Annual report of the Civil Veterinary Department, Bengal, for the year 1897-98 - 1897-1898
Year: 1897
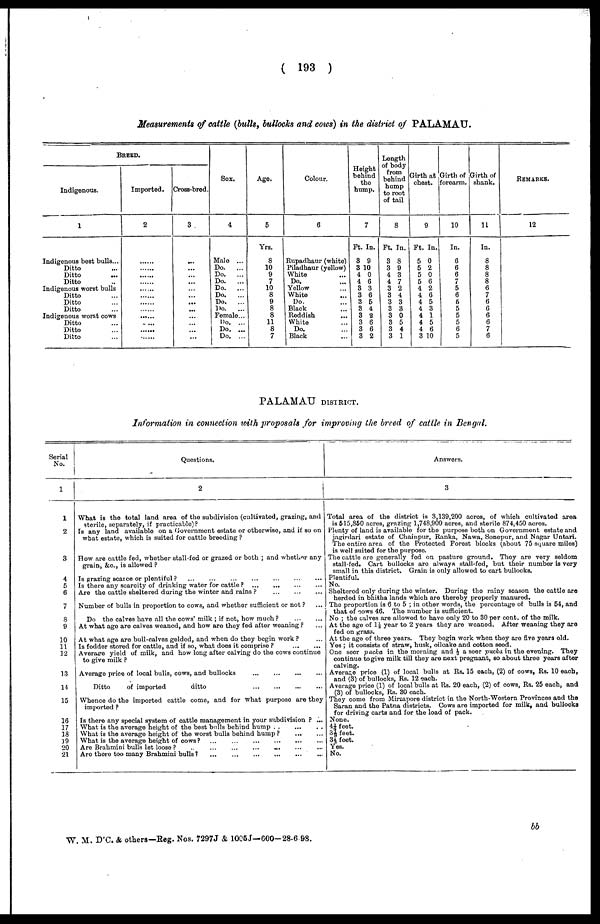
( 193 )
Measurements of cattle (bulls, bullocks and cows) in the district of PALAMAU.
BREED.
Indigenous.
1
Indigenous best bulls...
Ditto ...
Ditto
...
Ditto ..
Indigenous worst bulls
Ditto ...
Ditto ...
Ditto ...
Indigenous worst cows
Ditto ...
Ditto ...
Ditto ...
Imported.
2
......
......
......
......
......
......
......
......
......
. ...
......
......
Cross-bred.
3
...
...
...
...
...
...
...
...
...
...
...
...
Sex.
4
Male ...
Do.
...
Do.
...
Do.
...
Do.
...
Do.
...
Do.
...
Do.
...
Female...
Do. ...
Do. ...
Do. ...
Age.
5
Yrs.
8
10
9
7
10
8
9
8
8
11
8
7
Colour.
6
Rupadhaur (white)
Piladhaur (yellow)
White
Do.
Yellow
White
Do.
Black
Reddish
White
Do.
Black
Height
behind
the
hump.
7
Ft.
3
3
4
4
3
3
3
3
3
3
3
3
In.
9
10
0
6
3
6
5
4
2
6
6
2
Length
of body
from
behind
hump
to root
of tail.
8
Ft.
3
3
4
4
3
3
3
3
3
3
3
3
In.
8
9
3
7
2
4
3
3
0
5
4
1
Girth at
chest.
9
Ft.
5
5
5
5
4
4
4
4
4
4
4
3
In.
0
2
0
6
2
6
5
3
1
5
6
10
Girth of
forearm.
10
In.
6
6
6
7
5
6
5
5
5
5
6
5
Girth of
shank.
11
In.
8
8
8
8
6
7
6
6
6
6
7
6
REMARKS.
12
PALAMAU DISTRICT.
Information in connection with proposals for improving the breed of cattle in Bengal.
Serial
No.
1
1
2
3
4
5
6
7
8
9
10
11
12
13
14
15
16
17
18
39
20
21
Questions.
2
What is the total land area of the subdivision (cultivated, grazing, and
sterile, separately, if practicable)?
Is any land available on a Government estate or otherwise, and if so on
what estate, which is suited for cattle breeding ?
How are cattle fed, whether stall-fed or grazed or both ; and whether any
grain, &c, is allowed ?
Is grazing scarce or plentiful ?
...
...
...
...
...
...
...
Is there any scarcity of drinking water for cattle ?
...
...
...
...
Are the cattle sheltered during the winter and rains ? ... ... ...
Number of bulls in proportion to cows, and whether sufficient or not ? ...
Do the calves have all the cows' milk ; if not, how much ?
...
...
At what age are calves weaned, and how are they fed after weaning? ...
At what age are bull-calves gelded, and when do they begin work ? ...
Is fodder stored for cattle, and if so, what does it comprise ?
...
...
Average yield of milk, and how long after calving do the cows continue
to give milk ?
Average price of local bulls, cows, and bullocks
...
...
...
...
Ditto
of imported
ditto
...
...
...
...
Whence do the imported cattle come, and for what purposo are they
imported ?
Is there any special system of cattle management in your subdivision ? ...
What is the average height of the best bulls behind hump
..
...
..
What is the average height of the worst bulls behind hump ?
...
...
What is the average height of cows?
...
...
...
...
...
...
Are Brahmini bulls let loose ?
..
... ... ... ... ... ...
Are there too many Brahmini bulls ?
...
...
...
...
...
...
Answers.
3
Total area of the district is 3,139,200 acres, of which cultivated area
is 515,850 acres, grazing 1,748,900 acres, and sterile 874,450 acres.
Plenty of land is available for the purpose both on Government estate and
jagirdari estate of Chainpur, Ranka, Nawa, Sonepur, and Nagar Untari.
The entire area of the Protected Forest blocks (about 75 square miles)
is well suited for the purpose.
The cattle are generally fed on pasture ground. They are very seldom
stall-fed. Cart bullocks are always stall-fed, but their number is very
small in this district. Grain is only allowed to cart bullocks.
Plentiful.
No.
Sheltered only during the winter. During the rainy season the cattle are
herded in bhitha lands which are thereby properly manured.
The proportion is 6 to 5 ; in other words, the percentage of bulls is 54, and
that of cows 46. The number is sufficient.
No ; the calves are allowed to have only 20 to 30 per cont. of the milk.
At the age of 1½ year to 2 years they are weaned. After weaning they are
fed on grass.
At the age of three years. They begin work when they are five years old.
Yes ; it consists of straw, husk, oilcake and cotton seed.
One seer pucka in the morning and ½ a seer pucka in the evening. They
continue to give milk till they are next pregnant, so about three years after
calving.
Average price (1) of local bulls at Rs. 15 each, (2) of cows, Rs. 10 each,
and (3) of bullocks, Rs. 12 each.
Average price (1) of local bulls at Rs. 20 each, (2) of cows, Rs. 25 each, and
(3) of bullocks, Rs. 30 each.
They come from Mirzapore district in the North-Western Provinces and the
Saran and the Patna districts. Cows are imported for milk, and bullocks
for driving carts and for the load of pack.
None.
4¼ feet.
3 feet.
3⅓ feet.
Yes.
No.
bb
W. M. D'C. & others—Reg. Nos. 7297J & 1005J—600—28-6 98.